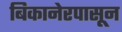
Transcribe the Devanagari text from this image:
बिकानेरपासून